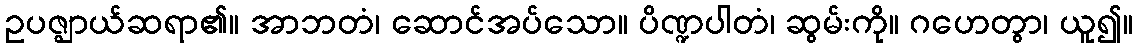
ဥပဇ္ဈာယ်ဆရာ၏။ အာဘတံ၊ ဆောင်အပ်သော။ ပိဏ္ဍပါတံ၊ ဆွမ်းကို။ ဂဟေတွာ၊ ယူ၍။